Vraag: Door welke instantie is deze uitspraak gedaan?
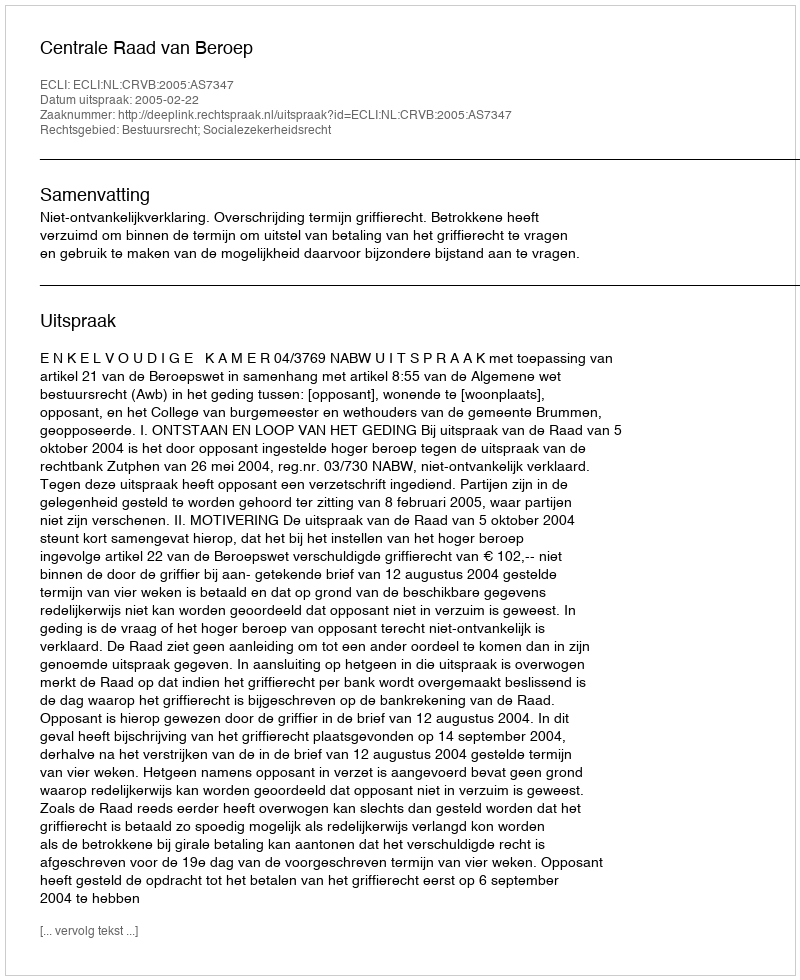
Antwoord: Centrale Raad van Beroep